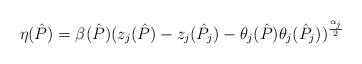
LaTeX: \begin{align*}\eta(\hat P) = \beta(\hat P)(z_{j}(\hat P)-z_{j}(\hat P_{j})-\theta_{j}(\hat P)\theta_{j}(\hat P_{j}))^{\frac{\alpha_{j}}{2}}\end{align*}